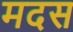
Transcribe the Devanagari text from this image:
मदस